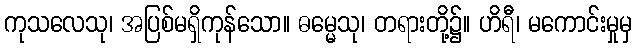
ကုသလေသု၊ အပြစ်မရှိကုန်သော။ ဓမ္မေသု၊ တရားတို့၌။ ဟိရီ၊ မကောင်းမှုမှ